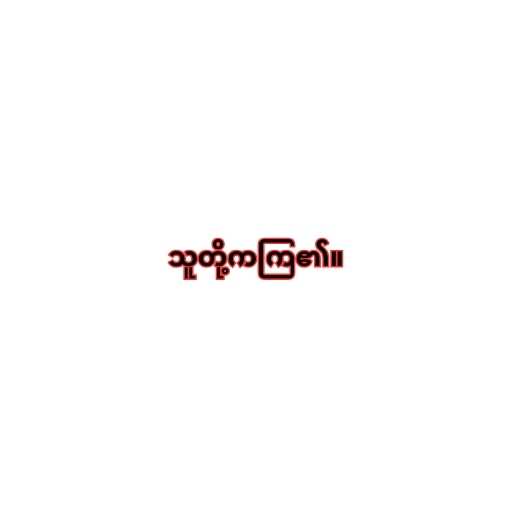
သူတို့ကကြ၏။